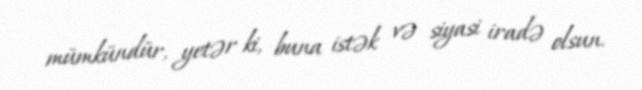
mümkündür, yetər ki, buna istək və siyasi iradə olsun.